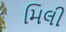
મિલી